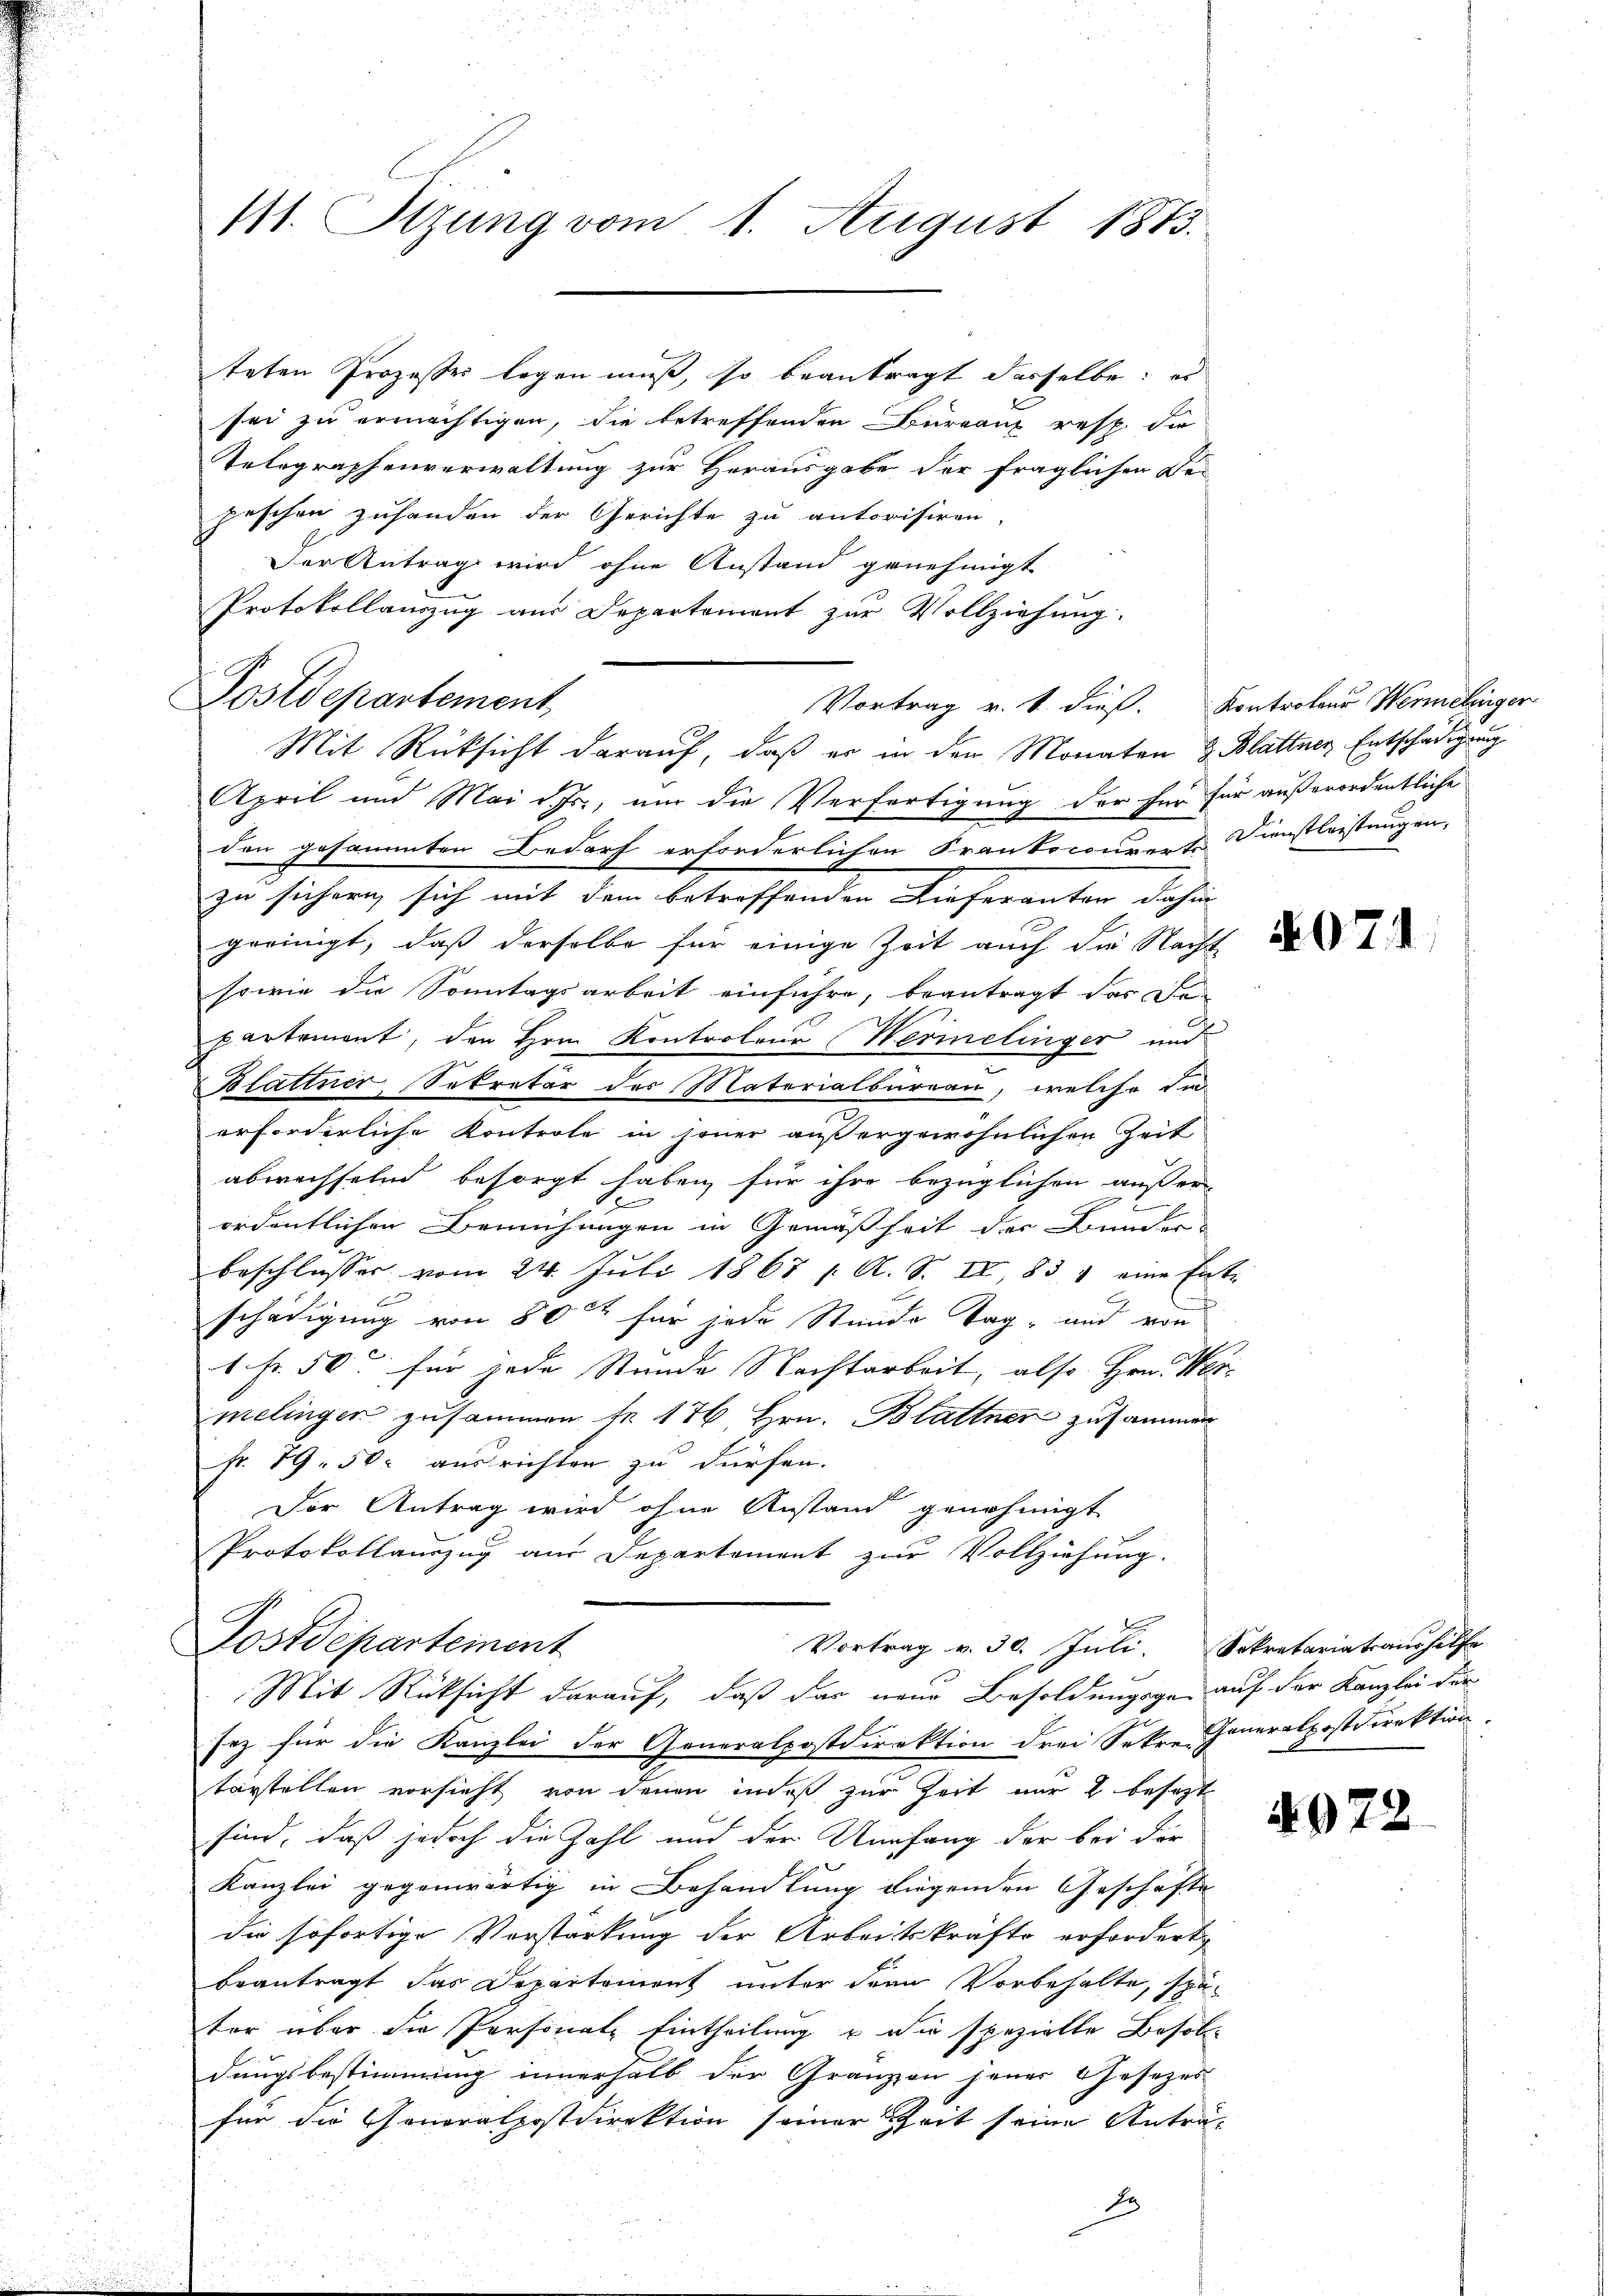
111. Sizung vom 1. August 1813.

Postdepartement

teten Prozesser legen muß, so beantragt dasselbe: es
sei zu ermächtigen, die betreffenden Büreaux resp. die
Telegraphenverwaltung zur Herausgabe der fraglichen Be-
peschen zuhanden der Gerichte zu autorisiren
Der Antrag wird ohne Anstand genehmigt
Protokollauszug aus Departement zur Vollziehung.
greinigt, daß derselbe für einige Zeit auch die Nacht
sowie die Sonntagsarbeit einführe, beantragt das De
partement, den Hrn. Kontrolone Werinelinger und
Blattner Sekretär der Materialbureau, welche di
erforderliche Kontrole in jener außergewöhnlichen Zeit
abwechselnd besorgt haben, für ihre bezüglichen außer-
b
ordentlichen Bemühungen in Gemäßheit der Bunder
beschlosser vom 24. Juli 1867 / A. S. II, 831 eine Ent-
schädigung von 80 für jede Stunde Tag, und von
1 Fr. 50 für jede Stunde Nachtarbeit, also Hrn. Wes
melingen zusammen se 176 Hrn. Blattner zusammen
Fr. 79. 500 ausrichten zu dürfen.
Der Antrag wird ohne Anstand genehmigt
Protokollauszug aus Departement zur Vollziehung.
E

Mit Rücksicht darauf, daß er in den Monaten z. Blattner Entschädigung
April und Mai d. Js., um die Verfertigung der für für außerordentliche
den gesammten Bedarf erforderlichen Frankocouverte Dienstleistungen,
zu sichern, sich mit dem betreffenden Lieferanter dahin

Vortrag v. 1. dieß. Kontrolene Wermelinger

Postdepartement
Vortrag v. 30. Juli. Sekretariatsaushilfe
Mit Rücksicht darauf, daß das neue Besoldungsge- auf der Kanzlei der

sez für die Kanzlei der Generalpostdirektion drei Sekre Generalpostdirektion
tärstellen vorsicht von denen indeß zur Zeit nur 2 besezt
sind, daß jedoch die Zahl und der Umfang der bei der
Kanzlei gegenwärtig in Behandlung liegenden Geschäfte
die sofortige Vorstarkung der Arbeitskräfte erfordert,
beantragt das Departement unter den Vorbehalte, später über die Personate Eintheilung u die spezielle Besoldungsbestimmung innerhalb der Granzen jener Gesezes
für die Generalpostdirektion seiner Zeit seine Antra-
Er

N07

4972